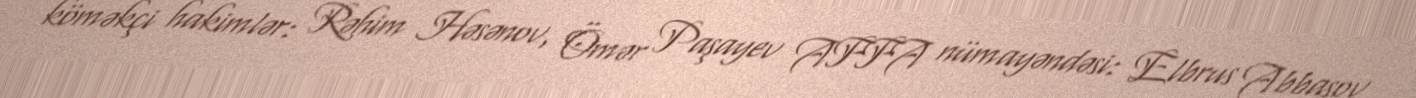
köməkçi hakimlər: Rəhim Həsənov, Ömər Paşayev AFFA nümayəndəsi: Elbrus Abbasov